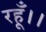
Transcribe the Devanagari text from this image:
रहूँ।।